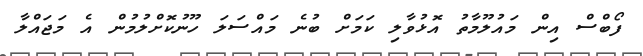
ފޯބްސް އިން މައުލޫމާތު އޮޅުވާލި ކަމަށް ބުނެ މައްސަލަ ހޫނުކޮށްލުމުން އެ މަޖައްލާ